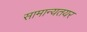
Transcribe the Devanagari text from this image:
सामान्यतयर